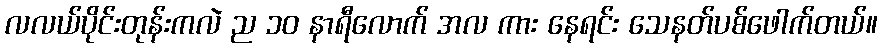
လလယ်ပိုင်းတုန်းကလဲ ည ၁၀ နာရီလောက် အလ ကား နေရင်း သေနတ်ပစ်ဖေါက်တယ်။